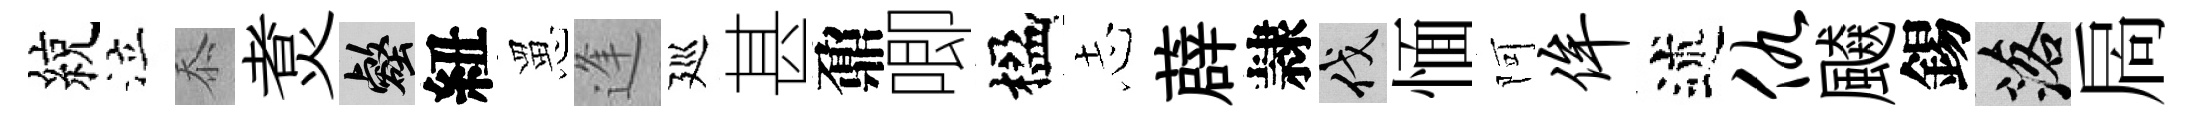
綂泣忝煑壑紐罳逢廵甚鼐唧楹𢖽薜隷伐愐阿侔述仇飇錫落扄